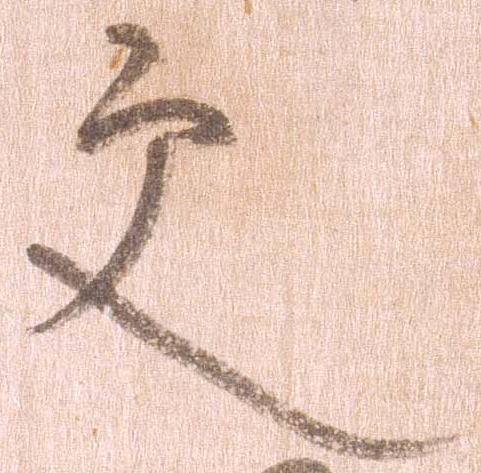
更